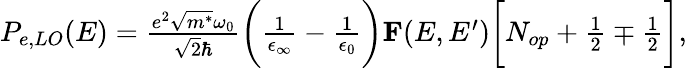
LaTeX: \begin{array}{r}{P_{e,LO}(E)=\frac{e^{2}\sqrt{m^{*}}\omega_{0}}{\sqrt{2}\hbar}\bigg(\frac{1}{\epsilon_{\infty}}-\frac{1}{\epsilon_{0}}\bigg)\textbf{F}(E,E^{\prime})\bigg[N_{op}+\frac{1}{2}\mp\frac{1}{2}\bigg],}\end{array}